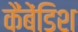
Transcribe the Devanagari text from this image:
कैंबेंडिश